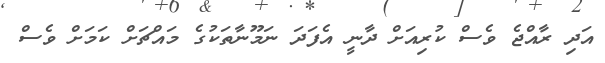
އަދި ރާއްޖެ ވެސް ކުރިއަށް ދާނީ އެފަދަ ނަމޫނާތަކުގެ މައްޗަށް ކަމަށް ވެސް